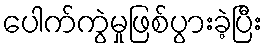
ပေါက်ကွဲမှုဖြစ်ပွားခဲ့ပြီး